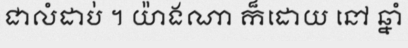
ជាលំដាប់ ។ យ៉ាងណា ក៏ដោយ នៅ ឆ្នាំ